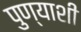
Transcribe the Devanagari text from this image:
पुण्याशी